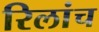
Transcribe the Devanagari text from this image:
रिलांच